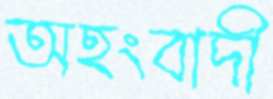
অহংবাদী